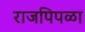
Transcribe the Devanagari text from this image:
राजपिपळा